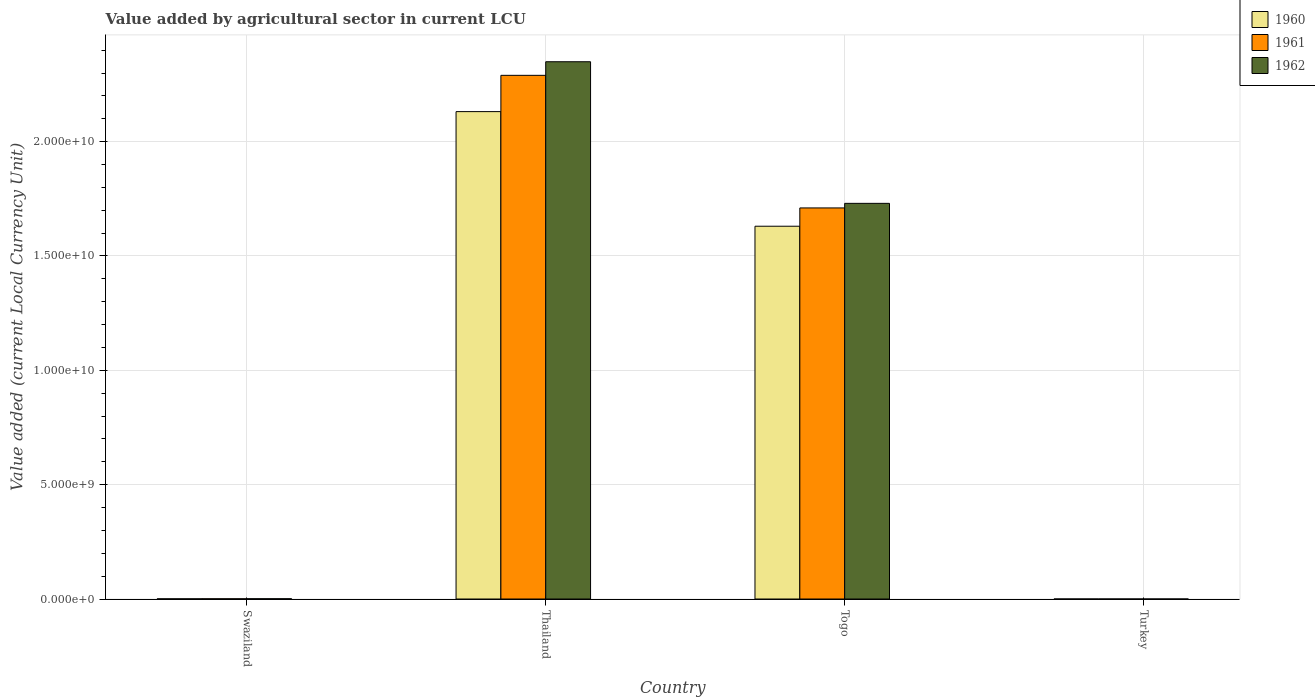
| Country | 1960 | 1961 | 1962 |
 | --- | --- | --- | --- |
 | Swaziland | 7.9e+06 | 9.3e+06 | 1.14e+07 |
 | Thailand | 2.13e+10 | 2.29e+10 | 2.35e+10 |
 | Togo | 1.63e+10 | 1.71e+10 | 1.73e+10 |
 | Turkey | 3.74e+04 | 3.72e+04 | 4.24e+04 |